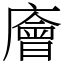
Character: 廥